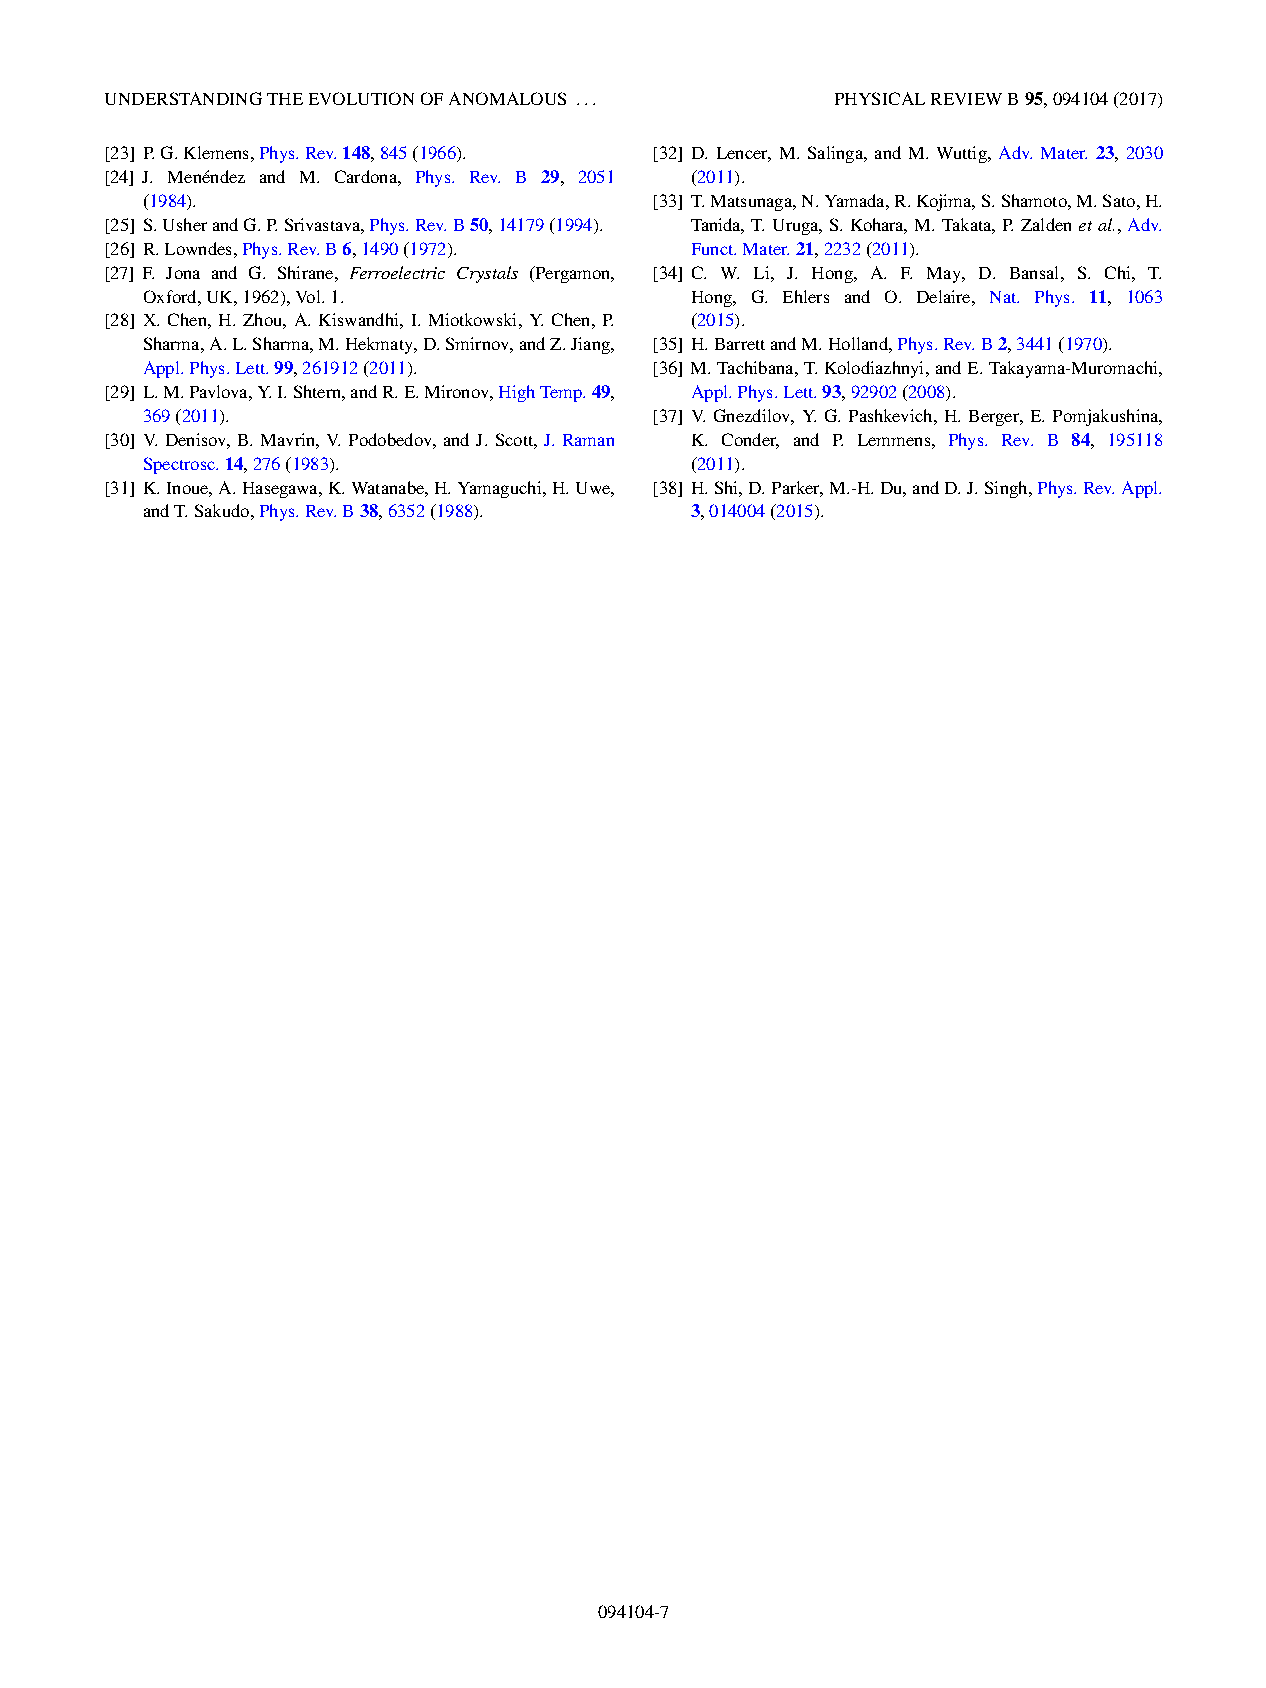
UNDERSTANDINGTHEEVOLUTIONOFANOMALOUS ...        PHYSICALREVIEWB95,094104(2017)
 [23] P.G.Klemens,Phys.Rev.148,845(1966). [32] D. Lencer, M. Salinga, and M. Wuttig, Adv. Mater. 23, 2030
 [24] J. Mene´ndez and M. Cardona, Phys. Rev. B 29, 2051 (2011).
 (1984).                           [33] T.Matsunaga,N.Yamada,R.Kojima,S.Shamoto,M.Sato,H.
 [25] S.UsherandG.P.Srivastava,Phys.Rev.B50,14179(1994). Tanida,T.Uruga,S.Kohara,M.Takata,P.Zaldenetal.,Adv.
 [26] R.Lowndes,Phys.Rev.B6,1490(1972). Funct.Mater.21,2232(2011).
 [27] F. Jona and G. Shirane, Ferroelectric Crystals (Pergamon, [34] C. W. Li, J. Hong, A. F. May, D. Bansal, S. Chi, T.
 Oxford,UK,1962),Vol.1.               Hong, G. Ehlers and O. Delaire, Nat. Phys. 11, 1063
 [28] X. Chen, H. Zhou, A. Kiswandhi, I. Miotkowski, Y. Chen, P. (2015).
 Sharma,A.L.Sharma,M.Hekmaty,D.Smirnov,andZ.Jiang, [35] H.BarrettandM.Holland,Phys.Rev.B2,3441(1970).
 Appl.Phys.Lett.99,261912(2011).   [36] M.Tachibana,T.Kolodiazhnyi,andE.Takayama-Muromachi,
 [29] L.M.Pavlova,Y.I.Shtern,andR.E.Mironov,HighTemp.49, Appl.Phys.Lett.93,92902(2008).
 369(2011).                        [37] V. Gnezdilov, Y. G. Pashkevich, H. Berger, E. Pomjakushina,
 [30] V.Denisov,B.Mavrin,V.Podobedov, andJ.Scott,J.Raman K. Conder, and P. Lemmens, Phys. Rev. B 84, 195118
 Spectrosc.14,276(1983).              (2011).
 [31] K.Inoue,A.Hasegawa,K.Watanabe,H.Yamaguchi,H.Uwe, [38] H.Shi,D.Parker,M.-H.Du,andD.J.Singh,Phys.Rev.Appl.
 andT.Sakudo,Phys.Rev.B38,6352(1988). 3,014004(2015).
 094104-7